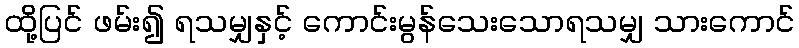
ထို့ပြင် ဖမ်း၍ ရသမျှနှင့် ကောင်းမွန်သေးသောရသမျှ သားကောင်